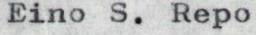
Eino S. Repo